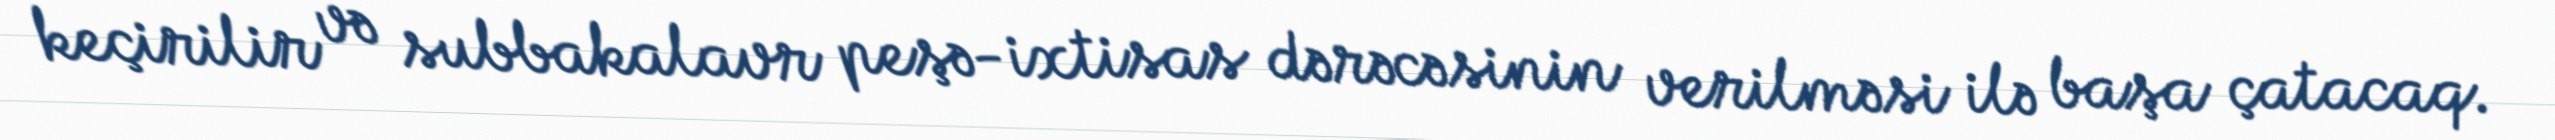
keçirilir və subbakalavr peşə-ixtisas dərəcəsinin verilməsi ilə başa çatacaq.